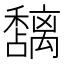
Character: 𮃵